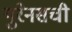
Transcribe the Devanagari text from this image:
युरेनसची